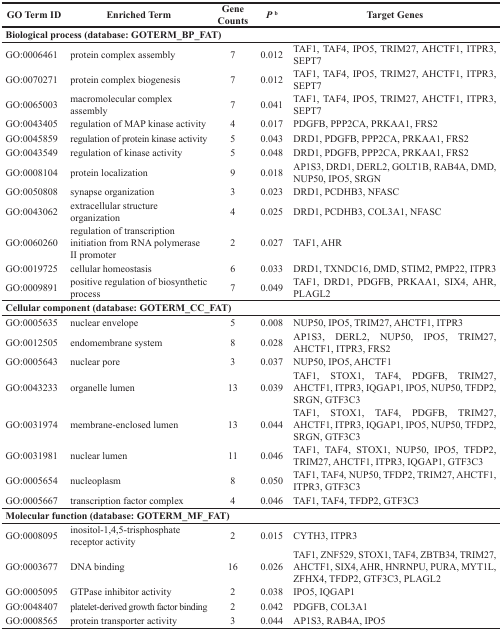
<table><thead><tr><td><b>GO Term ID</b></td><td><b>Enriched Term</b></td><td><b>Gene Counts</b></td><td><b><i>P</i><sup>b</sup></b></td><td><b>Target Genes</b></td></tr></thead><tbody><tr><td colspan="5"><b>Biological process (database: GOTERM_BP_FAT)</b></td></tr><tr><td>GO:0006461</td><td>protein complex assembly</td><td>7</td><td>0.012</td><td>TAF1, TAF4, IPO5, TRIM27, AHCTF1, ITPR3, SEPT7</td></tr><tr><td>GO:0070271</td><td>protein complex biogenesis</td><td>7</td><td>0.012</td><td>TAF1, TAF4, IPO5, TRIM27, AHCTF1, ITPR3, SEPT7</td></tr><tr><td>GO:0065003</td><td>macromolecular complex assembly</td><td>7</td><td>0.041</td><td>TAF1, TAF4, IPO5, TRIM27, AHCTF1, ITPR3, SEPT7</td></tr><tr><td>GO:0043405</td><td>regulation of MAP kinase activity</td><td>4</td><td>0.017</td><td>PDGFB, PPP2CA, PRKAA1, FRS2</td></tr><tr><td>GO:0045859</td><td>regulation of protein kinase activity</td><td>5</td><td>0.043</td><td>DRD1, PDGFB, PPP2CA, PRKAA1, FRS2</td></tr><tr><td>GO:0043549</td><td>regulation of kinase activity</td><td>5</td><td>0.048</td><td>DRD1, PDGFB, PPP2CA, PRKAA1, FRS2</td></tr><tr><td>GO:0008104</td><td>protein localization</td><td>9</td><td>0.018</td><td>AP1S3, DRD1, DERL2, GOLT1B, RAB4A, DMD, NUP50, IPO5, SRGN</td></tr><tr><td>GO:0050808</td><td>synapse organization</td><td>3</td><td>0.023</td><td>DRD1, PCDHB3, NFASC</td></tr><tr><td>GO:0043062</td><td>extracellular structure organization</td><td>4</td><td>0.025</td><td>DRD1, PCDHB3, COL3A1, NFASC</td></tr><tr><td>GO:0060260</td><td>regulation of transcription initiation from RNA polymerase II promoter</td><td>2</td><td>0.027</td><td>TAF1, AHR</td></tr><tr><td>GO:0019725</td><td>cellular homeostasis</td><td>6</td><td>0.033</td><td>DRD1, TXNDC16, DMD, STIM2, PMP22, ITPR3</td></tr><tr><td>GO:0009891</td><td>positive regulation of biosynthetic process</td><td>7</td><td>0.049</td><td>TAF1, DRD1, PDGFB, PRKAA1, SIX4, AHR, PLAGL2</td></tr><tr><td colspan="5"><b>Cellular component (database: GOTERM_CC_FAT)</b></td></tr><tr><td>GO:0005635</td><td>nuclear envelope</td><td>5</td><td>0.008</td><td>NUP50, IPO5, TRIM27, AHCTF1, ITPR3</td></tr><tr><td>GO:0012505</td><td>endomembrane system</td><td>8</td><td>0.028</td><td>AP1S3, DERL2, NUP50, IPO5, TRIM27, AHCTF1, ITPR3, FRS2</td></tr><tr><td>GO:0005643</td><td>nuclear pore</td><td>3</td><td>0.037</td><td>NUP50, IPO5, AHCTF1</td></tr><tr><td>GO:0043233</td><td>organelle lumen</td><td>13</td><td>0.039</td><td>TAF1, STOX1, TAF4, PDGFB, TRIM27, AHCTF1, ITPR3, IQGAP1, IPO5, NUP50, TFDP2, SRGN, GTF3C3</td></tr><tr><td>GO:0031974</td><td>membrane-enclosed lumen</td><td>13</td><td>0.044</td><td>TAF1, STOX1, TAF4, PDGFB, TRIM27, AHCTF1, ITPR3, IQGAP1, IPO5, NUP50, TFDP2, SRGN, GTF3C3</td></tr><tr><td>GO:0031981</td><td>nuclear lumen</td><td>11</td><td>0.046</td><td>TAF1, TAF4, STOX1, NUP50, IPO5, TFDP2, TRIM27, AHCTF1, ITPR3, IQGAP1, GTF3C3</td></tr><tr><td>GO:0005654</td><td>nucleoplasm</td><td>8</td><td>0.050</td><td>TAF1, TAF4, NUP50, TFDP2, TRIM27, AHCTF1, ITPR3, GTF3C3</td></tr><tr><td>GO:0005667</td><td>transcription factor complex</td><td>4</td><td>0.046</td><td>TAF1, TAF4, TFDP2, GTF3C3</td></tr><tr><td colspan="6"><b>Molecular function (database: GOTERM_MF_FAT)</b></td></tr><tr><td>GO:0008095</td><td>inositol-1,4,5-trisphosphate receptor activity</td><td>2</td><td>0.015</td><td>CYTH3, ITPR3</td></tr><tr><td>GO:0003677</td><td>DNA binding</td><td>16</td><td>0.026</td><td>TAF1, ZNF529, STOX1, TAF4, ZBTB34, TRIM27, AHCTF1, SIX4, AHR, HNRNPU, PURA, MYT1L, ZFHX4, TFDP2, GTF3C3, PLAGL2</td></tr><tr><td>GO:0005095</td><td>GTPase inhibitor activity</td><td>2</td><td>0.038</td><td>IPO5, IQGAP1</td></tr><tr><td>GO:0048407</td><td>platelet-derived growth factor binding</td><td>2</td><td>0.042</td><td>PDGFB, COL3A1</td></tr><tr><td>GO:0008565</td><td>protein transporter activity</td><td>3</td><td>0.044</td><td>AP1S3, RAB4A, IPO5</td></tr></tbody></table>